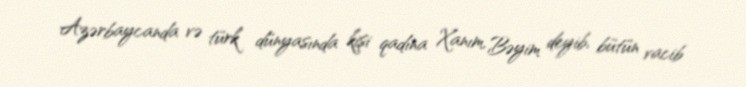
Azərbaycanda və türk dünyasında kişi qadına Xanım, Bəyim deyib, bütün vacib